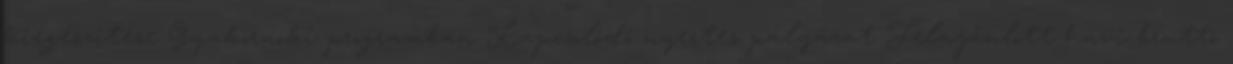
kiegészítése Gyakornoki programban Kapcsolódó nyertes pályázat Felajánlott havi bruttó